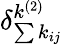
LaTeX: \delta_{\sum{k_{ij}}}^{k^{(2)}}